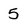
Character: 5